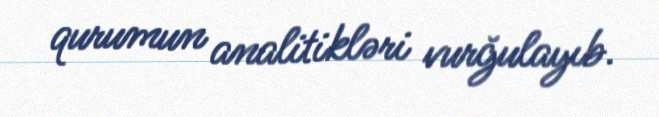
qurumun analitikləri vurğulayıb.